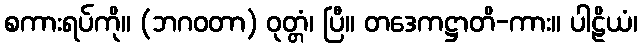
စကားရပ်ကို။ (ဘဂဝတာ) ဝုတ္တံ၊ ပြီ။ တဒေကဋ္ဌာတိ-ကား။ ပါဠိယံ၊